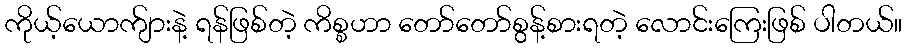
ကိုယ့်ယောက်ျားနဲ့ ရန်ဖြစ်တဲ့ ကိစ္စဟာ တော်တော်စွန့်စားရတဲ့ လောင်းကြေးဖြစ် ပါတယ်။